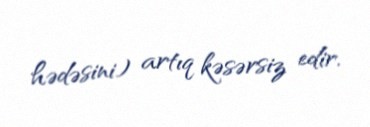
hədəsini) artıq kəsərsiz edir.